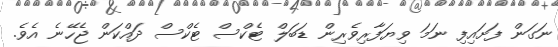
ނަގަން ފަށައިފި ނަމަ ވިޔަފާރިވެރިން ޑަބަލް ޓެކްސް ޓެކްސް ދައްކަން ޖެހޭނެ އެވެ.